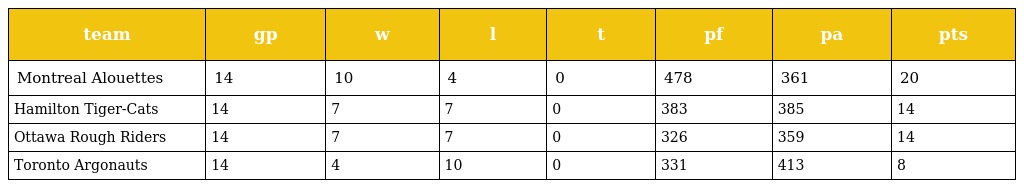
| team | gp | w | l | t | pf | pa | pts |
 | --- | --- | --- | --- | --- | --- | --- | --- |
 | Montreal Alouettes | 14 | 10 | 4 | 0 | 478 | 361 | 20 |
 | Hamilton Tiger-Cats | 14 | 7 | 7 | 0 | 383 | 385 | 14 |
 | Ottawa Rough Riders | 14 | 7 | 7 | 0 | 326 | 359 | 14 |
 | Toronto Argonauts | 14 | 4 | 10 | 0 | 331 | 413 | 8 |